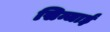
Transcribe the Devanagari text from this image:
सिन्जाई